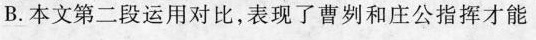
B. 本文第二段运用对比，表现了曹刿和庄公指挥才能